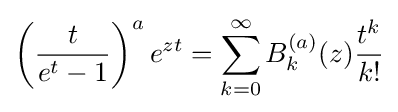
\left({t \over {e^{t}-1}}\right)^{a}e^{zt}=\sum _{k=0}^{\infty }B_{k}^{(a)}(z){t^{k} \over k!}